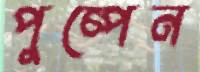
পুষ্পেন